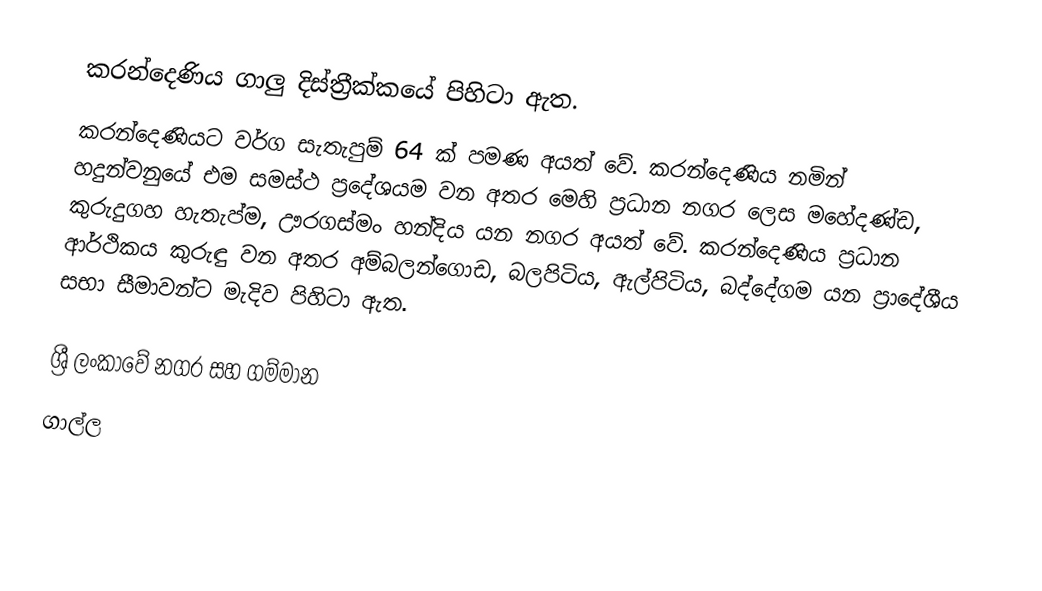
කරන්දෙණිය ගාලු දිස්ත්‍රීක්කයේ පිහිටා ඇත.
කරන්දෙණියට වර්ග සැතැපුම් 64 ක් පමණ අයත් වේ. කරන්දෙණිය නමින් හදුන්වනුයේ එම සමස්ථ ප්‍රදේශයම වන අතර මෙහි ප්‍රධාන නගර ලෙස මහේදණ්ඩ, කුරුදුගහ හැතැප්ම, ඌරගස්මං හන්දිය යන නගර අයත් වේ. කරන්දෙණිය ප්‍රධාන ආර්ථිකය කුරුඳු වන අතර අම්බලන්ගොඩ, බලපිටිය, ඇල්පිටිය, බද්දේගම යන ප්‍රාදේශීය සභා සීමාවන්ට මැදිව පිහිටා ඇත.

ශ්‍රී ලංකාවේ නගර සහ ගම්මාන
ගාල්ල